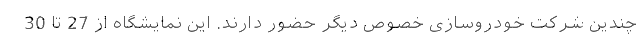
چندین شرکت خودروسازی خصوص دیگر حضور دارند. این نمایشگاه از 27 تا 30